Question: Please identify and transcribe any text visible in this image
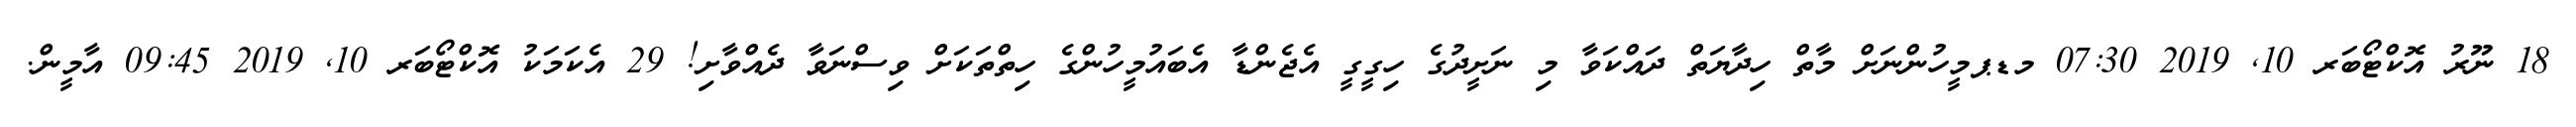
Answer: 18 ނޫރު އޮކްޓޯބަރ 10, 2019 07:30 މޑޕމީހުންނަށް މާތް ހިދާޔަތް ދައްކަވާ މި ނަށީދުގެ ހިގީގީ އެޖެންޑާ އެބައުމީހުންގެ ހިތްތަކަށް ވިސްނަވާ ދެއްވާށި! 29 އެކަމަކު އޮކްޓޯބަރ 10, 2019 09:45 އާމީން.